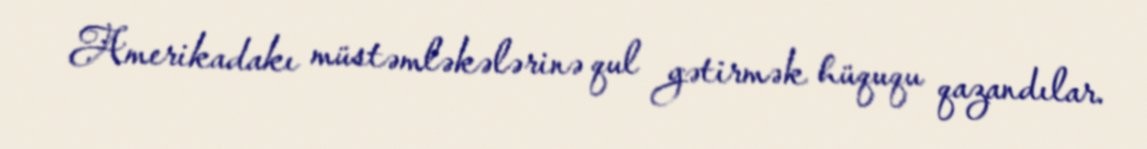
Amerikadakı müstəmləkələrinə qul gətirmək hüququ qazandılar.